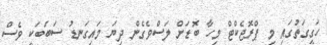
ހަގީގަތުގައި މި ޕްރޮޖެކްޓް މިހާ ބޮޑަށް ލަސްވެގެން ދިޔަ މައިގަނޑު ސަބަބަކީ ވެސް